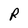
Character: R